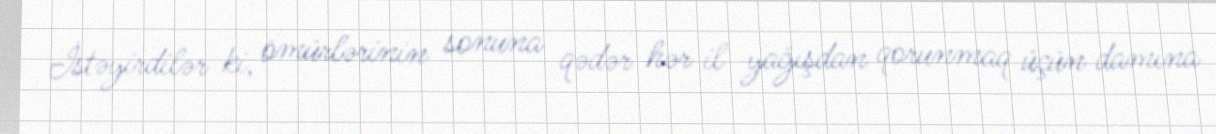
İstəyirdilər ki, ömürlərinin sonuna qədər hər il yağışdan qorunmaq üçün damına